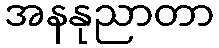
အနနုညာတာ